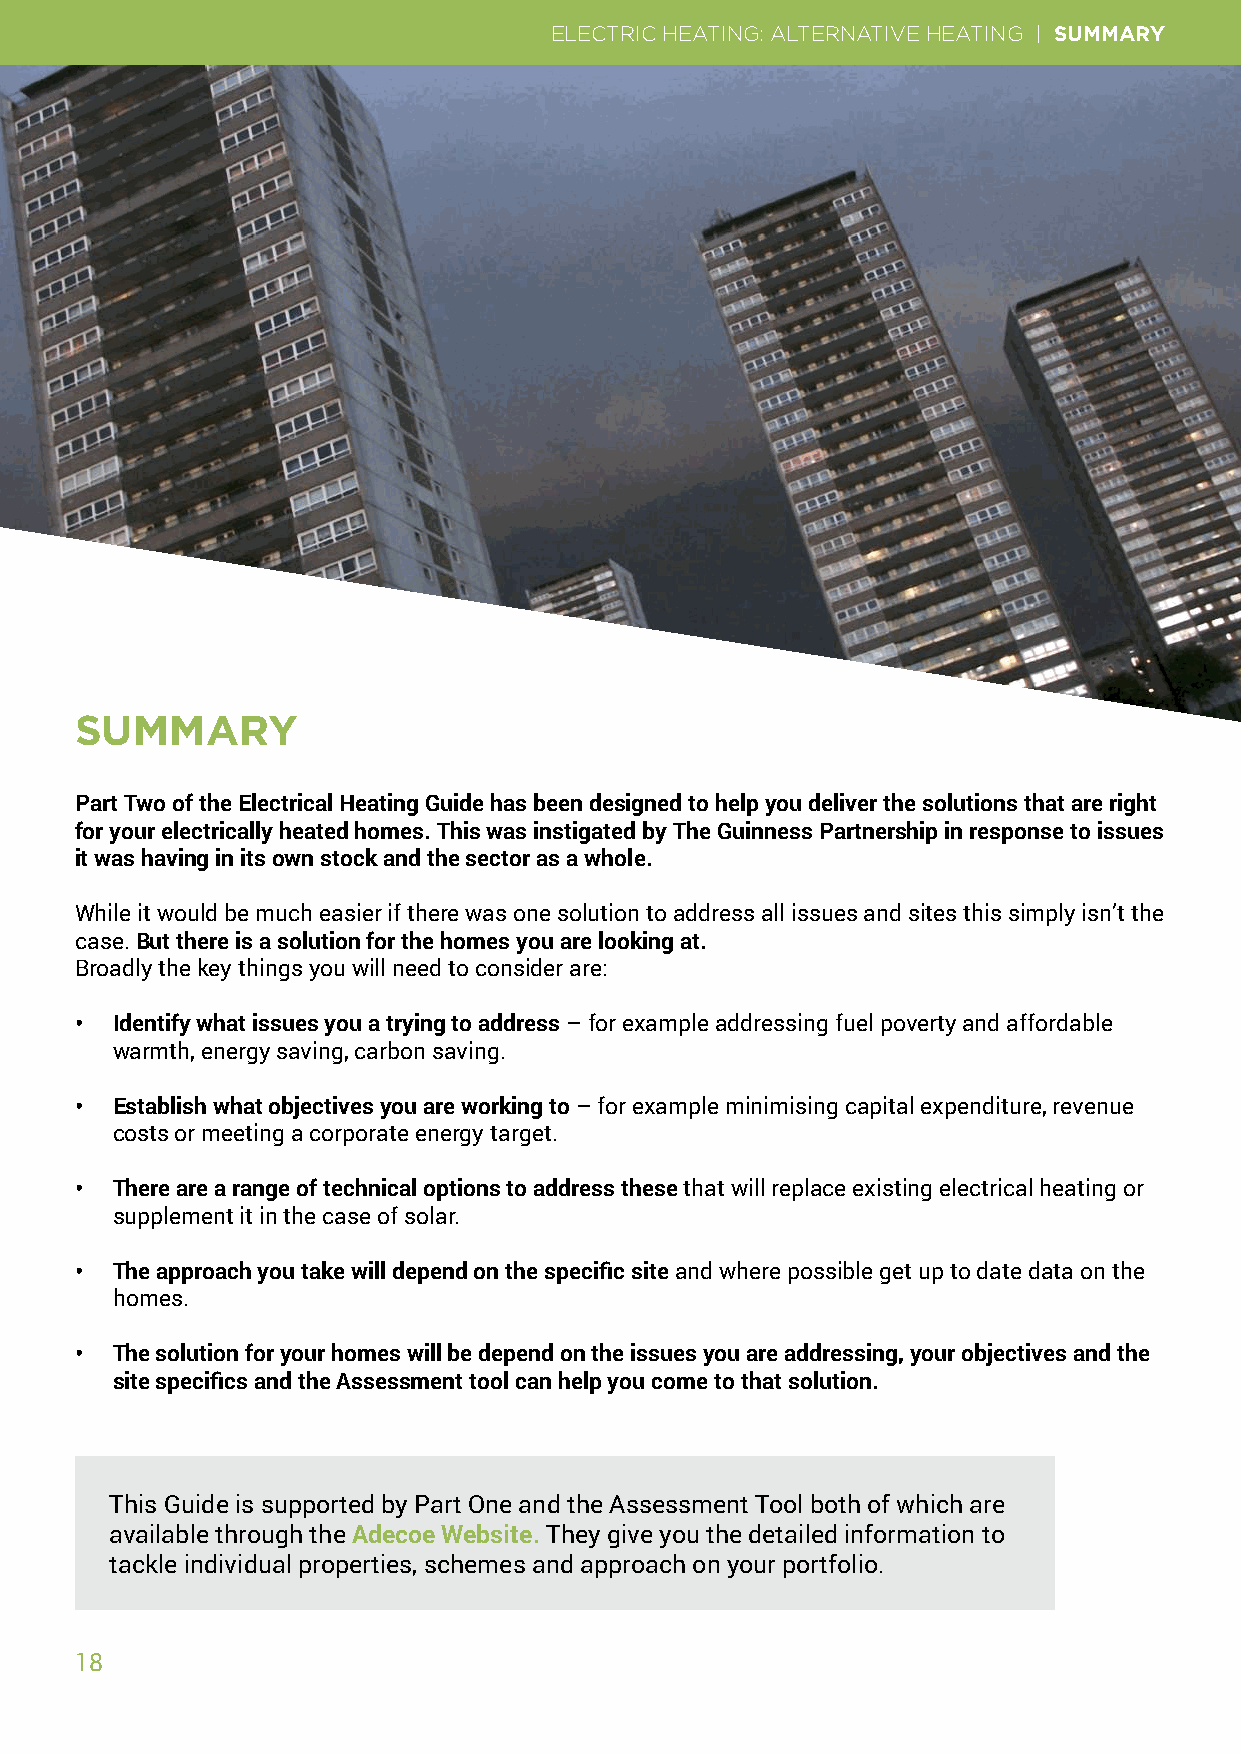
ELECTRIC HEATING: ALTERNATIVE HEATING | SUMMARY
 SUMMARY
 Part Two of the Electrical Heating Guide has been designed to help you deliver the solutions that are right
 for your electrically heated homes. This was instigated by The Guinness Partnership in response to issues
 it was having in its own stock and the sector as a whole.
 While it would be much easier if there was one solution to address all issues and sites this simply isn’t the
 case. But there is a solution for the homes you are looking at.
 Broadly the key things you will need to consider are:
 • Identify what issues you a trying to address – for example addressing fuel poverty and affordable
 warmth, energy saving, carbon saving.
 • Establish what objectives you are working to – for example minimising capital expenditure, revenue
 costs or meeting a corporate energy target.
 • There are a range of technical options to address these that will replace existing electrical heating or
 supplement it in the case of solar.
 • The approach you take will depend on the specific site and where possible get up to date data on the
 homes.
 • The solution for your homes will be depend on the issues you are addressing, your objectives and the
 site specifics and the Assessment tool can help you come to that solution.
 This Guide is supported by Part One and the Assessment Tool both of which are
 available through the Adecoe Website. They give you the detailed information to
 tackle individual properties, schemes and approach on your portfolio.
 18